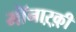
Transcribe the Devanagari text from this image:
मॉंनाऱ्क़़ी